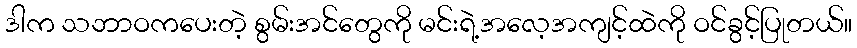
ဒါက သဘာဝကပေးတဲ့ စွမ်းအင်တွေကို မင်းရဲ့အလေ့အကျင့်ထဲကို ဝင်ခွင့်ပြုတယ်။